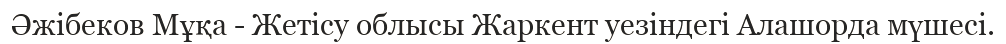
Әжібеков Мұқа - Жетісу облысы Жаркент уезіндегі Алашорда мүшесі.